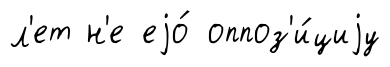
л'ет н'е еjо́ оппоз'и́циjу